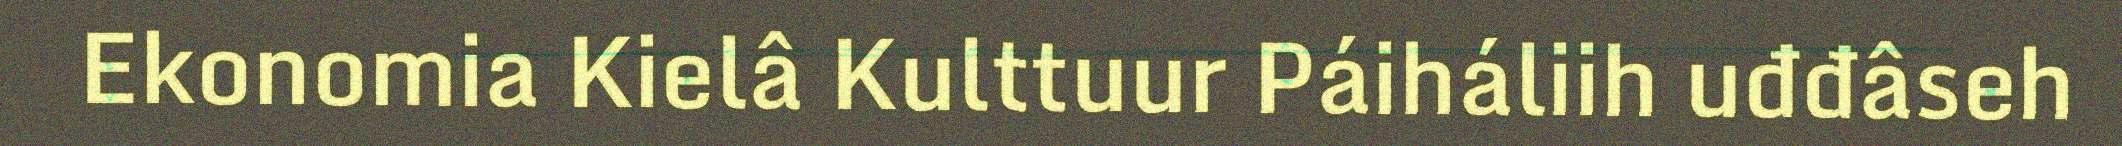
Ekonomia Kielâ Kulttuur Páiháliih uđđâseh